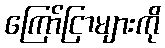
ကြော်ငြာများကို